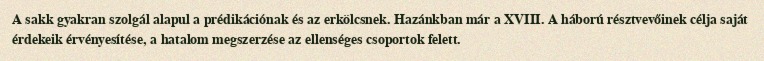
A sakk gyakran szolgál alapul a prédikációnak és az erkölcsnek. Hazánkban már a XVIII. A háború résztvevőinek célja saját érdekeik érvényesítése, a hatalom megszerzése az ellenséges csoportok felett.